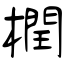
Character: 橍